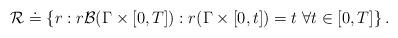
LaTeX: \begin{align*}\mathcal{R}\doteq \left\{ r : r\mathcal{B}(\Gamma\times [0,T]): r(\Gamma\times[0,t]) = t\; \forall t\in[0,T] \right\}.\end{align*}